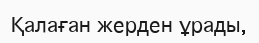
Қалаған жерден ұрады,